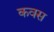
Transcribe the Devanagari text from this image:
कवस